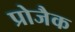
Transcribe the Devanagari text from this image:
प्रोजैक